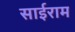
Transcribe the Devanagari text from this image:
साईराम